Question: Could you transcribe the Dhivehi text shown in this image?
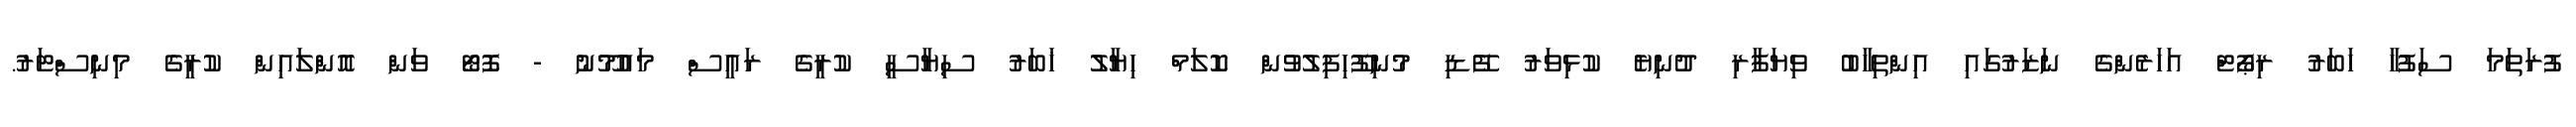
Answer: ފުރަތަމަ ސަފުހާ ހަބަރު ރިޕޯޓް އަހަރެންގެ ނަޒަރުގައި އިންތިހާބު ވިޔަފާރި ދުނިޔެ ކުޅިވަރު ފޭޑި މުނިފޫހިފިލުވުން ކޮލަމް ހިޔާލު ޚަބަރު ސިޔާސީ ކުރީގެ ރައީސް މައުމޫނު - ފޮޓޯ ވަން އޮންލައިން ކުރީގެ މިނިސްޓަރު.